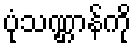
ပုံသဏ္ဌာန်ကို